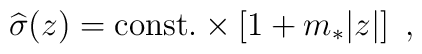
{\widehat\sigma}(z)={\rm const.}\times \left[1+m_*|z|\right]~,